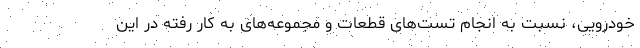
خودرویی، نسبت به انجام تست‌های قطعات و مجموعه‌های به کار رفته در این